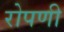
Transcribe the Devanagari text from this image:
रोपणी